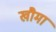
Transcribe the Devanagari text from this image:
खौमा